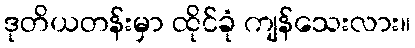
ဒုတိယတန်းမှာ ထိုင်ခုံ ကျန်သေးလား။